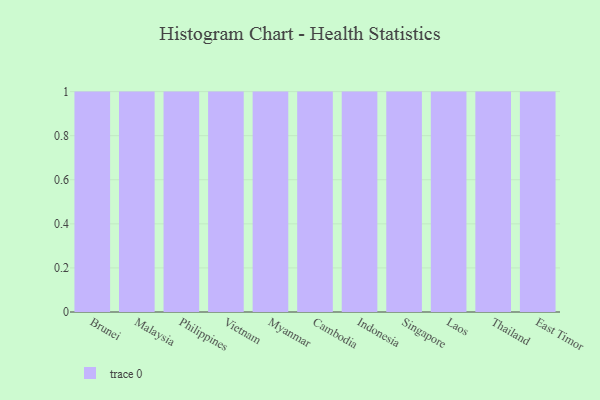
{"axis": {"x": "Country", "y": "Active Users"}, "legend": [""], "data": [{"x": "Brunei", "y": 49, "type": ""}, {"x": "Malaysia", "y": 67, "type": ""}, {"x": "Philippines", "y": 40, "type": ""}, {"x": "Vietnam", "y": 9, "type": ""}, {"x": "Myanmar", "y": 64, "type": ""}, {"x": "Cambodia", "y": 97, "type": ""}, {"x": "Indonesia", "y": 8, "type": ""}, {"x": "Singapore", "y": 6, "type": ""}, {"x": "Laos", "y": 72, "type": ""}, {"x": "Thailand", "y": 27, "type": ""}, {"x": "East Timor", "y": 40, "type": ""}]}